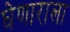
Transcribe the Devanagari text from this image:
घेणाराला